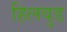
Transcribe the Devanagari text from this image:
हिलवुड